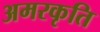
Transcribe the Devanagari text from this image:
अमरकृति